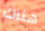
هناك